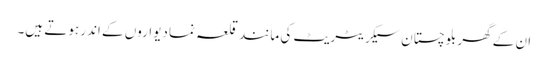
ان کے گھر بلوچستان سیکریٹریٹ کی مانند قلعہ نما دیواروں کے اندر ہوتے ہیں۔